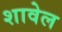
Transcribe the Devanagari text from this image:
शावेल